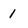
Character: 1